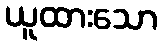
ယူထားသော